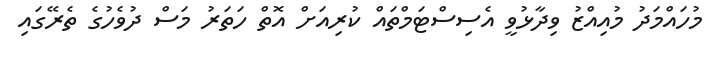
މުހައްމަދު މުއިއްޒު ވިދާޅުވީ އެސިސްޓަމްތައް ކުރިއަށް އޮތް ހަތަރު މަސް ދުވެހުގެ ތެރޭގައި